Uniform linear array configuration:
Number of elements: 32
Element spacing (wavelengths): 1
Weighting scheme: binomial
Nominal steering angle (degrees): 45
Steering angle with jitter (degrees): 46.368
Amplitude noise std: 0.05
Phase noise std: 0.05

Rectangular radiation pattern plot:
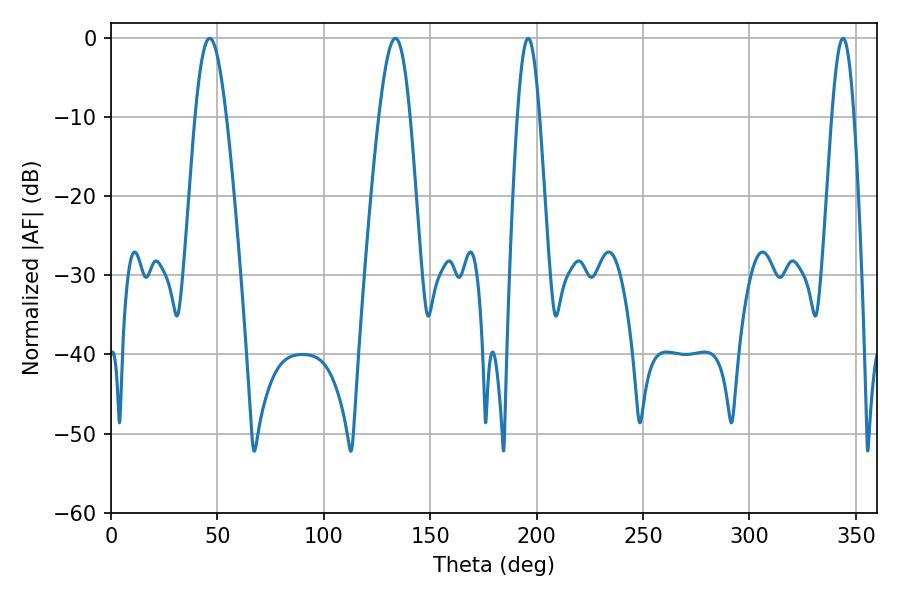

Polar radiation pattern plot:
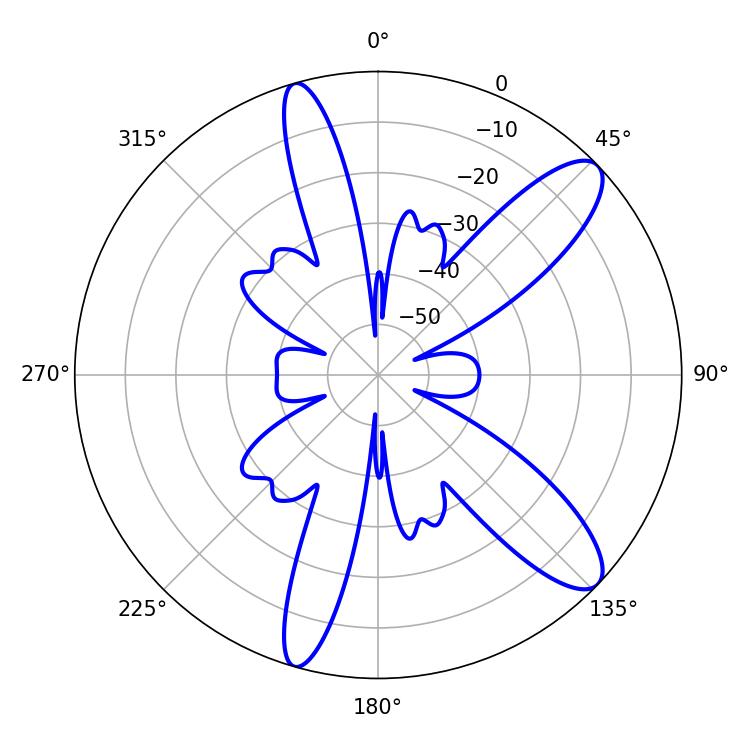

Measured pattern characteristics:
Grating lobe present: TRUE
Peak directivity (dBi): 11.017
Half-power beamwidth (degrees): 5.58
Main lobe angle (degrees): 196.02